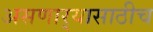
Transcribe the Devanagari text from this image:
असणार्‍यासाठीच